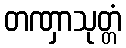
တဏှာသုတ္တံ